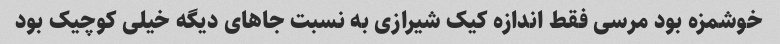
خوشمزه بود مرسی فقط اندازه کیک شیرازی به نسبت جاهای دیگه خیلی کوچیک بود